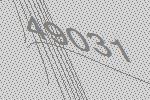
49031